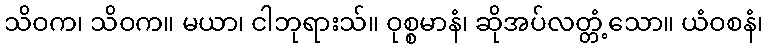
သိဝက၊ သိဝက။ မယာ၊ ငါဘုရားသ်။ ဝုစ္စမာနံ၊ ဆိုအပ်လတ္တံ့သော။ ယံဝစနံ၊